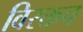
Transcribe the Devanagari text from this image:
विरक्तच